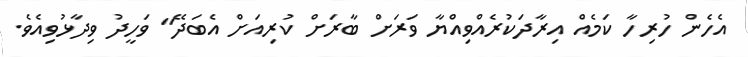
އެހެން ހުރިހާ ކަމެއް އިރާދަކުރެއްވިއްޔާ ވަރަށް ބާރަށް ކުރިއަށް އެބަދޭ" ވަހީދު ވިދާޅުވިއެވެ.